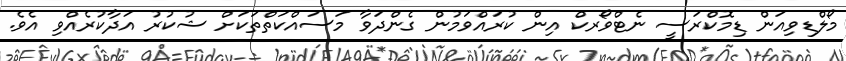
މޯލްޑިވިއަން ޑިމޮކްރަސީ ނެޓްވޯރކް އިން ކުރައްވަމުން ގެންދަވާ މަސައްކަތްތަކަށް ޝުކުރު އަދާކުރެއްވި އެވެ.